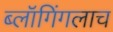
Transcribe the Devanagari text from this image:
ब्लॉगिंगलाच